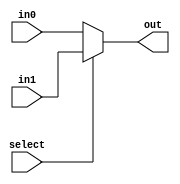
module mux_2_33bit(select, in0, in1, out);
  input select;
  input [32:0] in0, in1;
  output [32:0] out;
  assign out = select ? in1 : in0;
endmodule